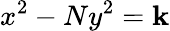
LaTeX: x^{2}-Ny^{2}=\mathbf{k}